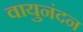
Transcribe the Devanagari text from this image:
वायुनंदन